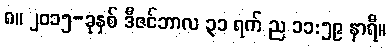
၈။ ၂၀၁၅-ခုနှစ် ဒီဇင်ဘာလ ၃၁ ရက် ည ၁၁:၅၉ နာရီ။